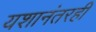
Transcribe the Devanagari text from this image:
यशानंतरही